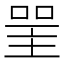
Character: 𠸈